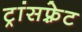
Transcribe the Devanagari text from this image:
ट्रांसफ़्रेट